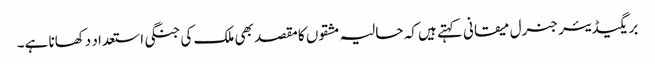
بریگیڈیئر جنرل میقانی کہتے ہیں کہ حالیہ مشقوں کا مقصد بھی ملک کی جنگی استعداد دکھانا ہے۔